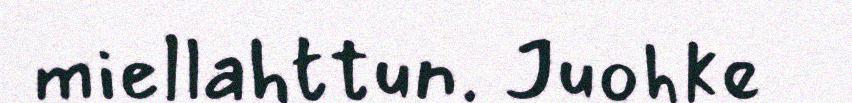
miellahttun. Juohke